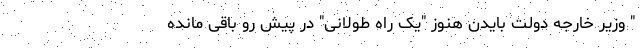
" وزیر خارجه دولت بایدن هنوز "یک راه طولانی" در پیش رو باقی مانده